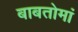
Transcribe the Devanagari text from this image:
बाबतोमां